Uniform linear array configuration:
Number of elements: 8
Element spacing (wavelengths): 0.5
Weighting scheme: binomial
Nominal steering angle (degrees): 0
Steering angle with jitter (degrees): -0.5452
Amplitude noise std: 0.05
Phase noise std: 0.05

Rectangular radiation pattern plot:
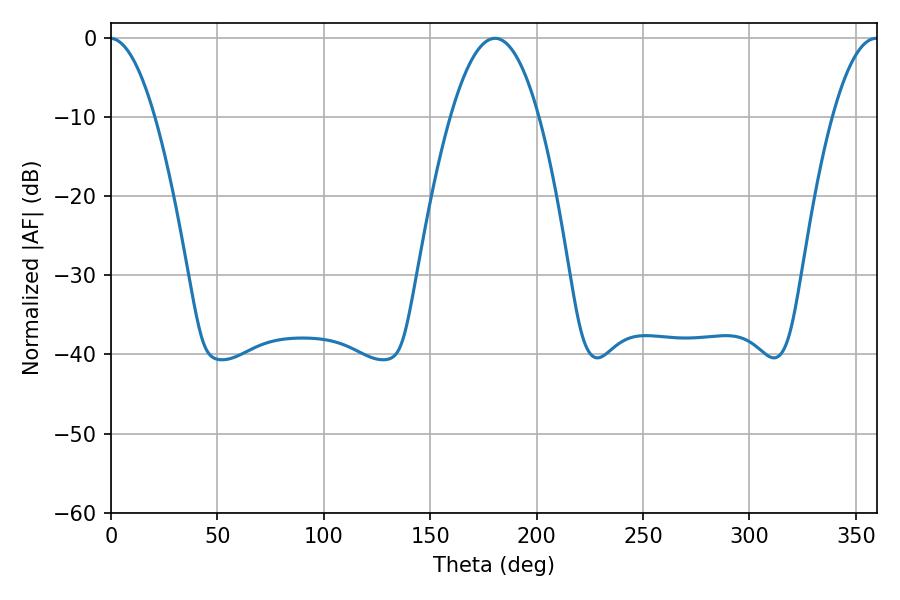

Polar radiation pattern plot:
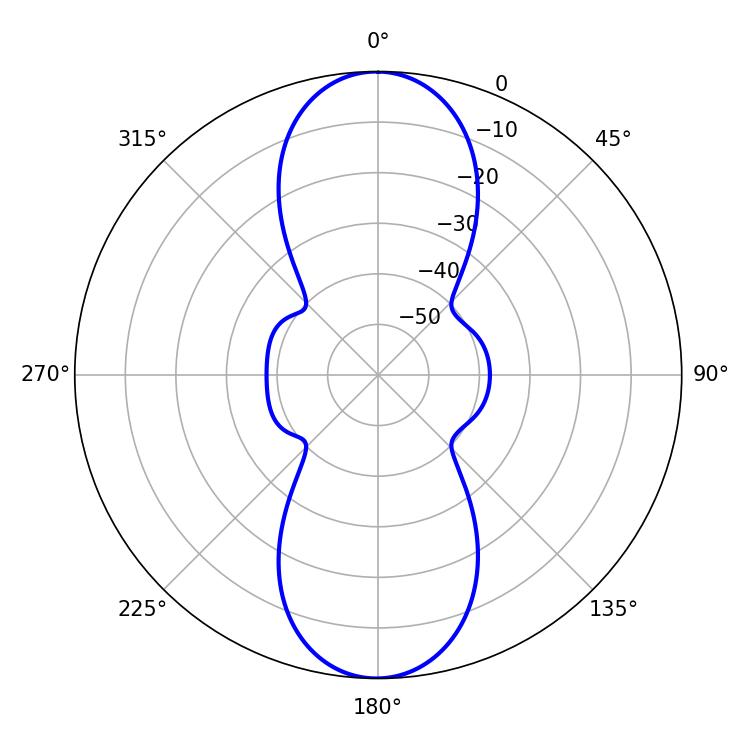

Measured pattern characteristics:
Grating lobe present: FALSE
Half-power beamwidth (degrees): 22.86
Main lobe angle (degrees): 180.54